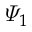
\varPsi _ { 1 }